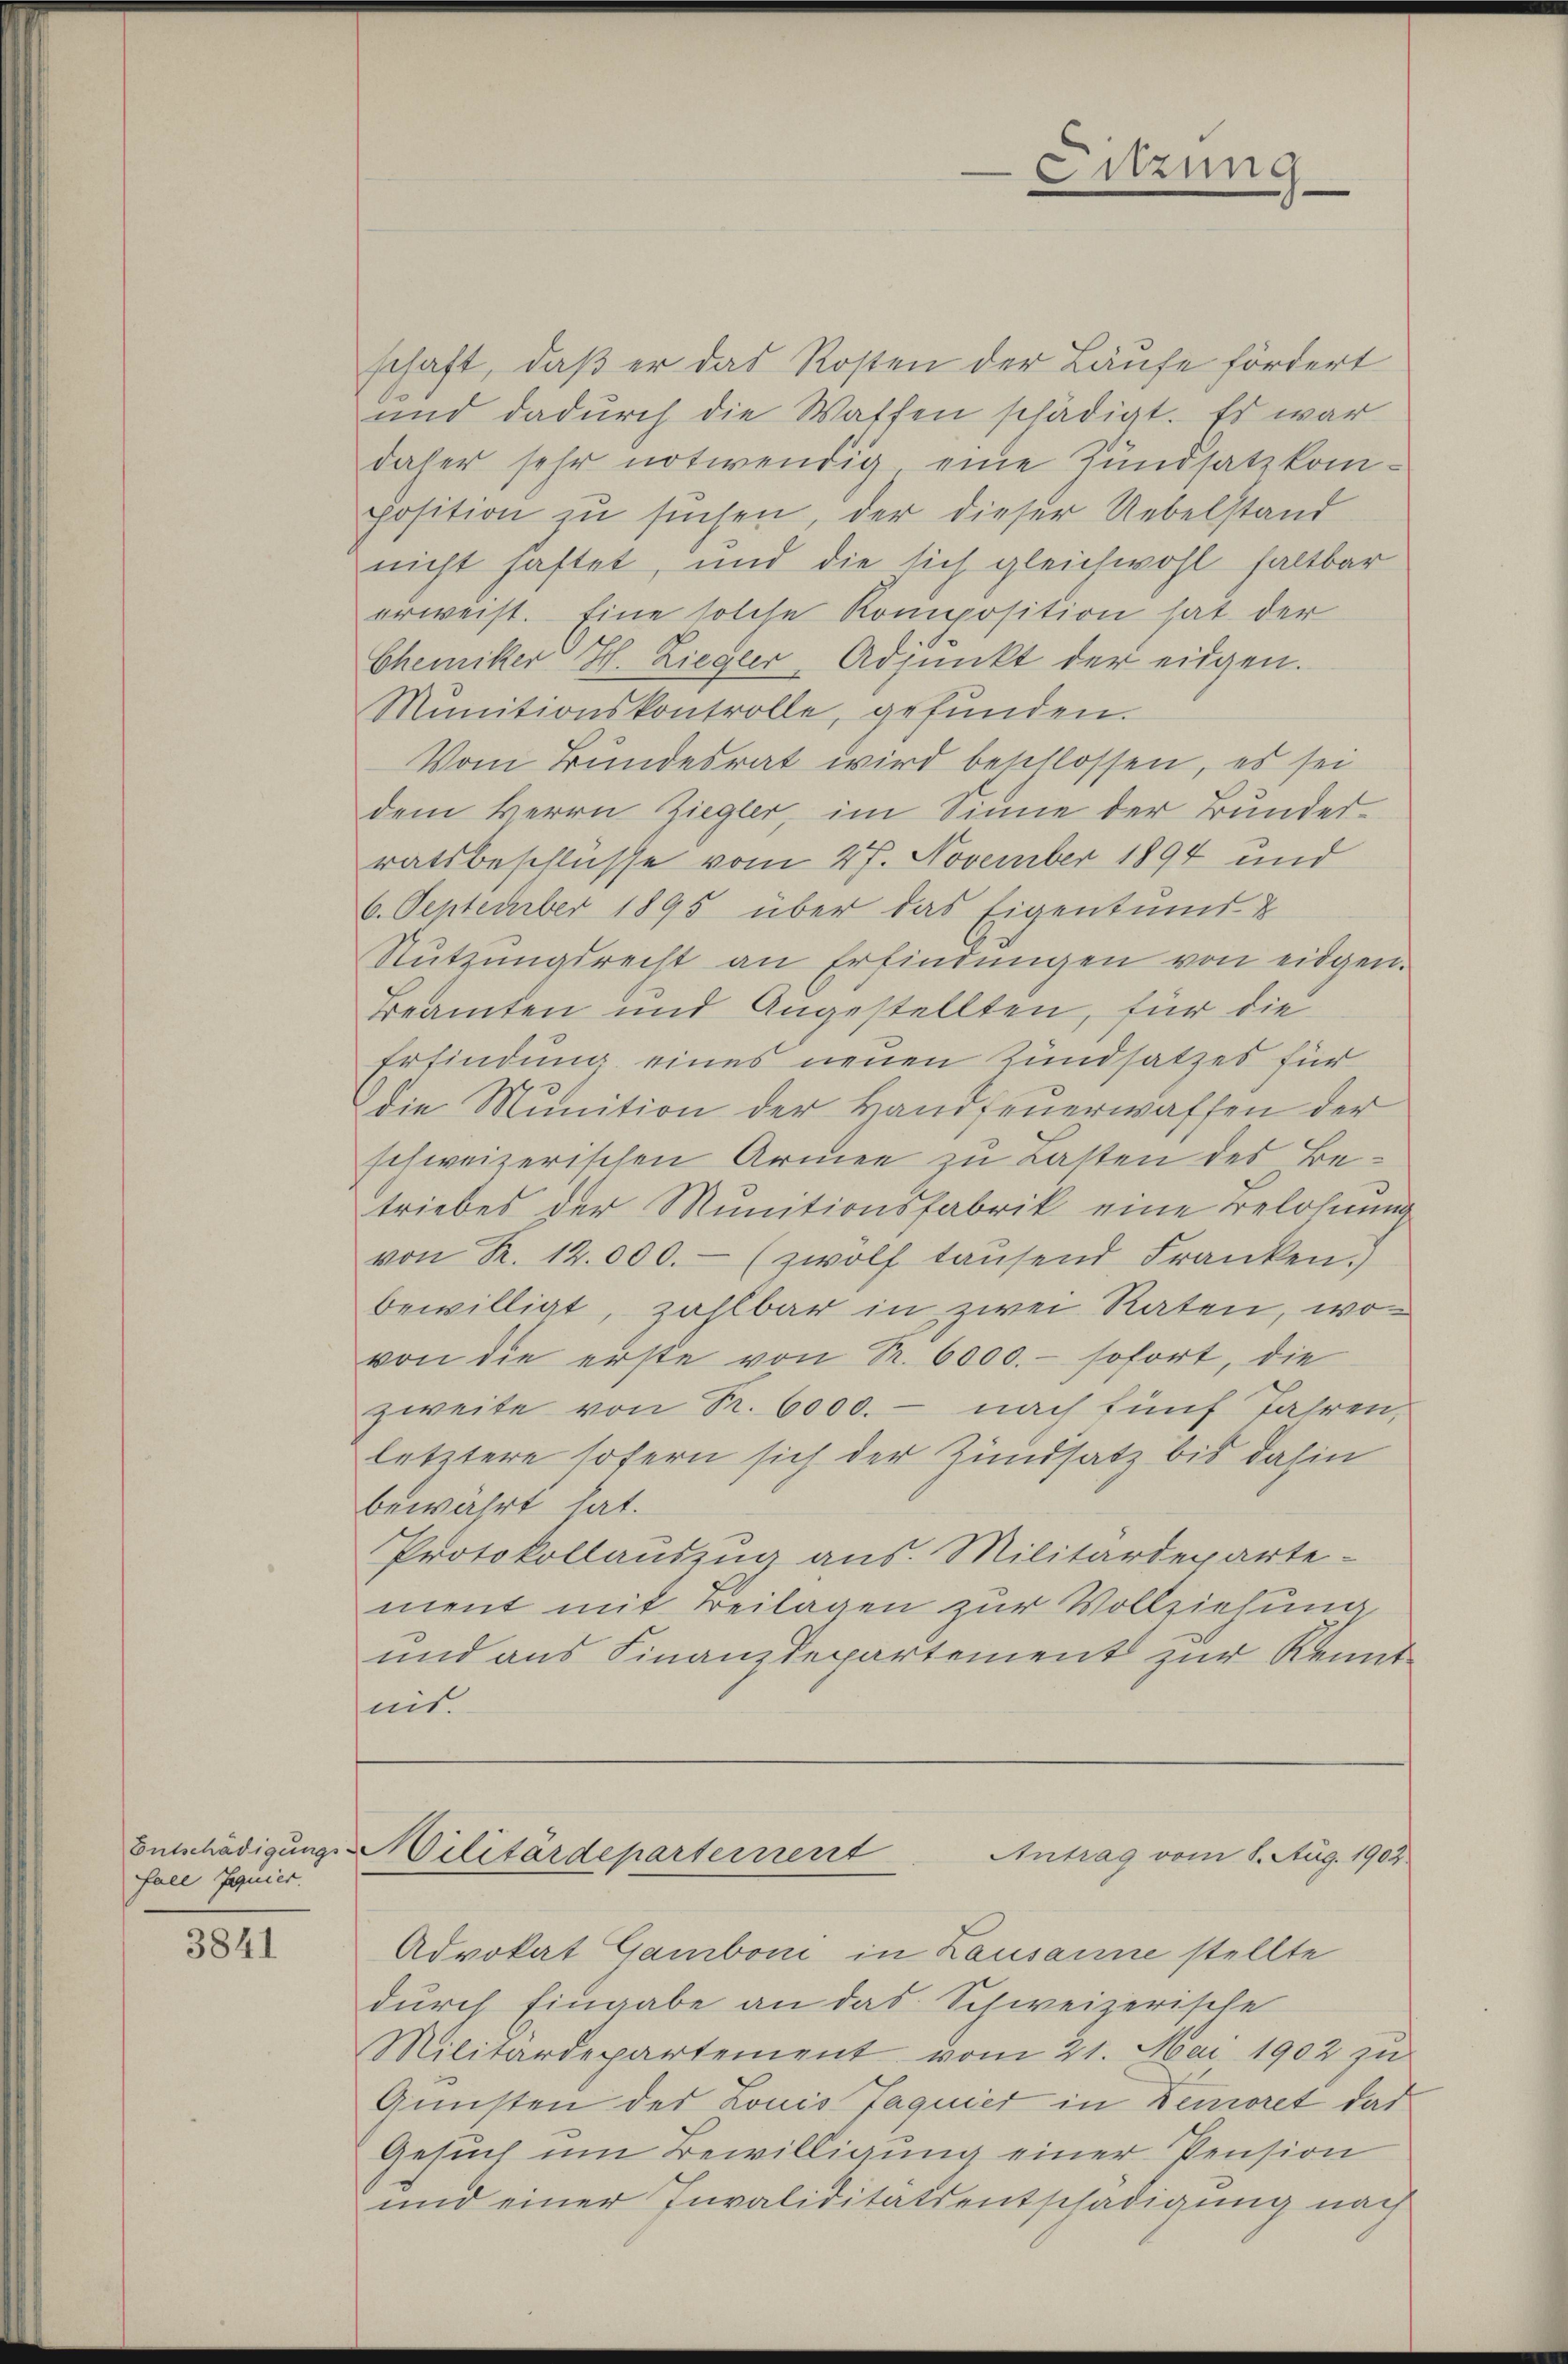
fall Iguier

3841

schaft, daß er das Kosten der Läufe fördert
und dadurch die Waffen schädigt. Es war
daher sehr notwendig eine Rundsatzkomposition zu suchen, der dieser Uebelstand
nicht haftet, und die sich gleichwohl haltbar
erweist. Eine solche Komposition hat der
Chemiker H. Ziegler, Adjunkt der eidgen.
Munitionskontrolle, gefunden.
Vom Bundesrat wird beschlossen, es sei
dem Herrn Ziegler, im Sinne der Bundesratsbeschlüsse vom 27. November 1894 und
6. September 1895 über das Eigentums &
Nŭtzŭngsrecht an Erfindŭngen von eidgen.
Beamten und Angestellten, für die
Erfindung eines neuen Zundsatzes für
die Munition der Handfeuerwaffen der
schweizerischen Armen zu Lasten des Betriebes der Munitionsfabrik eine Belohnung
von K. 12000.- (zwölf tausend Franken.)
bewilligt, zahlbar in zwei Raten, wovon die erste von Sr. 6000.- sofort, die
zweite von Nr. 6000. - nach fünf Jahren,
letztere sofern sich der Zundsatz bis dahin
bewährt hat.
Protokollauszug aus. Militärdeparte-
ment mit Beilagen zur Vollziehung
und aus Finanzdepartement zur Kenntmit.
Entschädigung Militärdepartement Antrag vom 1. Aug. 1902
Advokat Gamboni in Lausanne stellte
durch Eingabe an das Schweizerische
Militärdepartement vom 21. Mai 1902 zŭ
Gunsten des Louis Jaguier in Demoret das
Gesuch um Bewilligung einer Pension
und einer Invaliditätsentschädigung nach

Sitzung